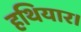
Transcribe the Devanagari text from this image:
हथियार।